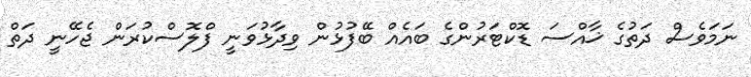
ނަމަވެސް ދަތުގެ ޚާއްސަ ޑޮކްޓަރުންގެ ބައެއް ބޭފުޅުން ވިދާޅުވަނީ ފްލޮސްކުރަން ޖެހޭނީ ދަތް